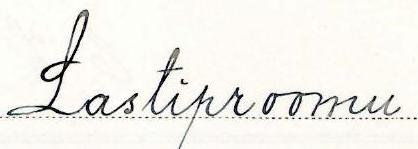
Lastiproomu